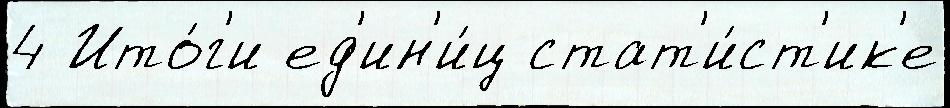
4 Ито́г'и ед'ин'и́ц стат'и́ст'ик'е